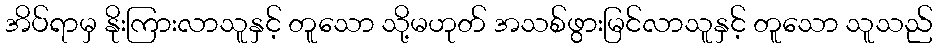
အိပ်ရာမှ နိုးကြားလာသူနှင့် တူသော သို့မဟုတ် အသစ်ဖွားမြင်လာသူနှင့် တူသော သူသည်